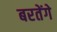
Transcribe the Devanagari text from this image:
बरतेंगे